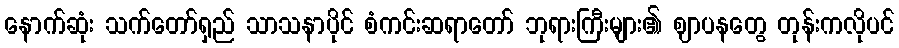
နောက်ဆုံး သက်တော်ရှည် သာသနာပိုင် စံကင်းဆရာတော် ဘုရားကြီးများ၏ ဈာပနတွေ တုန်းကလိုပင်